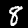
Digit: 8